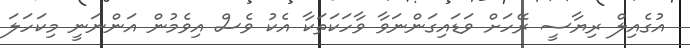
އުގެއިލް ރިޔާސީ ރޭހަށް ވަޑައިގަންނަވާ ވާހަކަތަކާ އެކު ވެސް އިވެމުން އަންނަނީ މިކަހަލަ